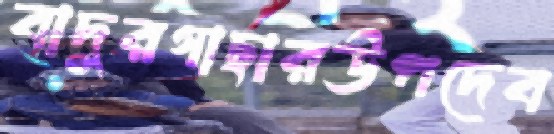
বাদুরগাছারউপদেব